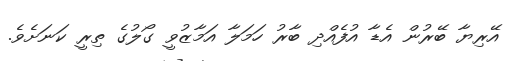
އޭރިޔާ ބޭރުން އެޑާ އުފެއްދި ބާރު ހަމަލާ އަމާޒުވީ ގޯލުގެ ތިރީ ކަނަށެވެ.